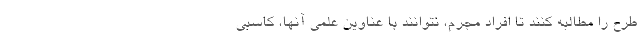
طرح را مطالبه کنند تا افراد مجرم، نتوانند با عناوین علمی آنها، کاسبی